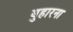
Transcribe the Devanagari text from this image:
बुहारना